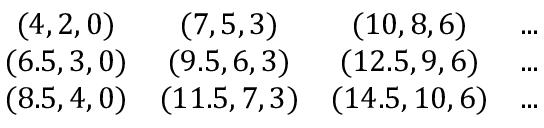
\begin{array} { c c c c } { { ( 4 , 2 , 0 ) } } & { { ( 7 , 5 , 3 ) } } & { { ( 1 0 , 8 , 6 ) } } & { { . . . } } \\ { { ( 6 . 5 , 3 , 0 ) } } & { { ( 9 . 5 , 6 , 3 ) } } & { { ( 1 2 . 5 , 9 , 6 ) } } & { { . . . } } \\ { { ( 8 . 5 , 4 , 0 ) } } & { { ( 1 1 . 5 , 7 , 3 ) } } & { { ( 1 4 . 5 , 1 0 , 6 ) } } & { { . . . } } \end{array}